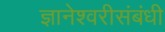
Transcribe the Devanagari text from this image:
ज्ञानेश्वरीसंबंधी